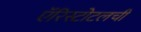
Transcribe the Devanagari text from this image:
ऍरिस्टोटलची